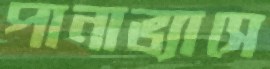
পানাভ্যাসে